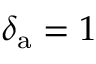
\delta _ { \mathrm { a } } = 1